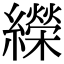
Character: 𦆱